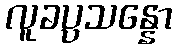
လူခပ္ပသန္နော